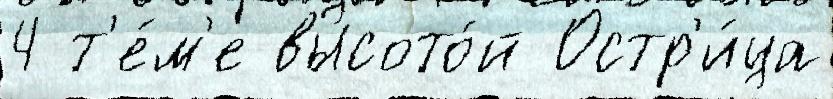
4 т'е́м'е высото́й Остр'и́ца